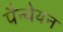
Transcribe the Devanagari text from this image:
पैन्थेयन